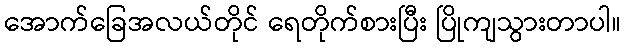
အောက်ခြေအလယ်တိုင် ရေတိုက်စားပြီး ပြိုကျသွားတာပါ။